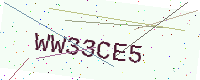
Text: WW33CE5